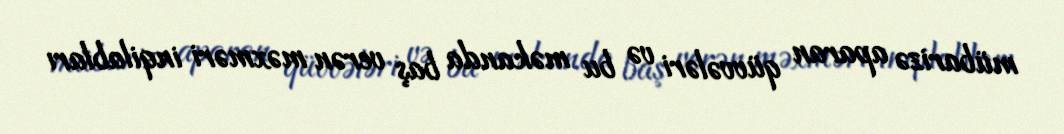
mübarizə aparan qüvvələri və bu məkanda baş verən məxməri inqilabları